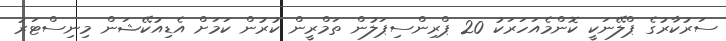
ސަރުކާރުގެ ޕްލޭނަކީ ކޮންމެއަހަރަކު 20 ޕްރިންސިޕަލުން ތަމްރީން ކުރުން ކަމަށް އެޑިއުކޭޝަން މިނިސްޓަރު